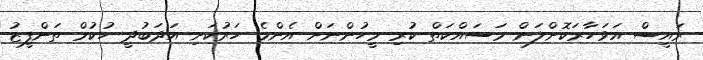
ރައީސް އަވަހާރަކޮށްލަން މަސައްކަތް ކުރި މީހުންނަށް އެންމެ ހަރުކަށި އަދަބުދީ ހުކުމް ތަންފީޒު